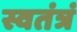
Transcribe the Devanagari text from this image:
स्वतंत्रं